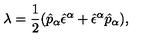
\lambda = \frac { 1 } { 2 } ( \hat { p } _ { \alpha } \hat { \epsilon } ^ { \alpha } + \hat { \epsilon } ^ { \alpha } \hat { p } _ { \alpha } ) ,